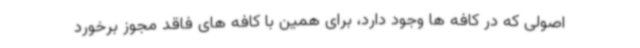
اصولی که در کافه ها وجود دارد، برای همین با کافه های فاقد مجوز برخورد